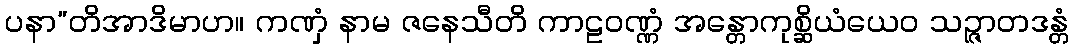
ပနာ”တိအာဒိမာဟ။ ကဏှံ နာမ ဇနေသီတိ ကာဠဝဏ္ဏံ အန္တောကုစ္ဆိယံယေဝ သဉ္ဇာတဒန္တံ